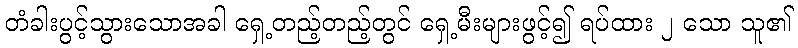
တံခါးပွင့်သွားသောအခါ ရှေ့တည့်တည့်တွင် ရှေ့မီးများဖွင့်၍ ရပ်ထား ၂ သော သူ၏